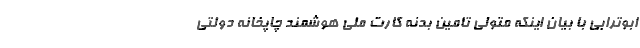
ابوترابی با بیان اینکه متولی تامین بدنه کارت ملی هوشمند چاپخانه دولتی